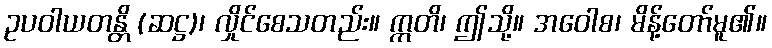
ဥပဝါယတန္တိ (ဆဋ္ဌ)၊ လှိုင်စေသတည်း။ ဣတိ၊ ဤသို့။ အဝေါစ၊ မိန့်တော်မူ၏။